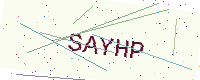
Text: SAYHP